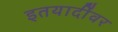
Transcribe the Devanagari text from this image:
इतयादींवर